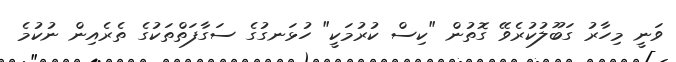
ވަނީ މިހާރު ގަބޫލުކުރެވޭ ގޮތުން "ކިސް ކުރުމަކީ" ހުޅަނގުގެ ސަގާފަތްތަކުގެ ތެރެއިން ނުކުމެ